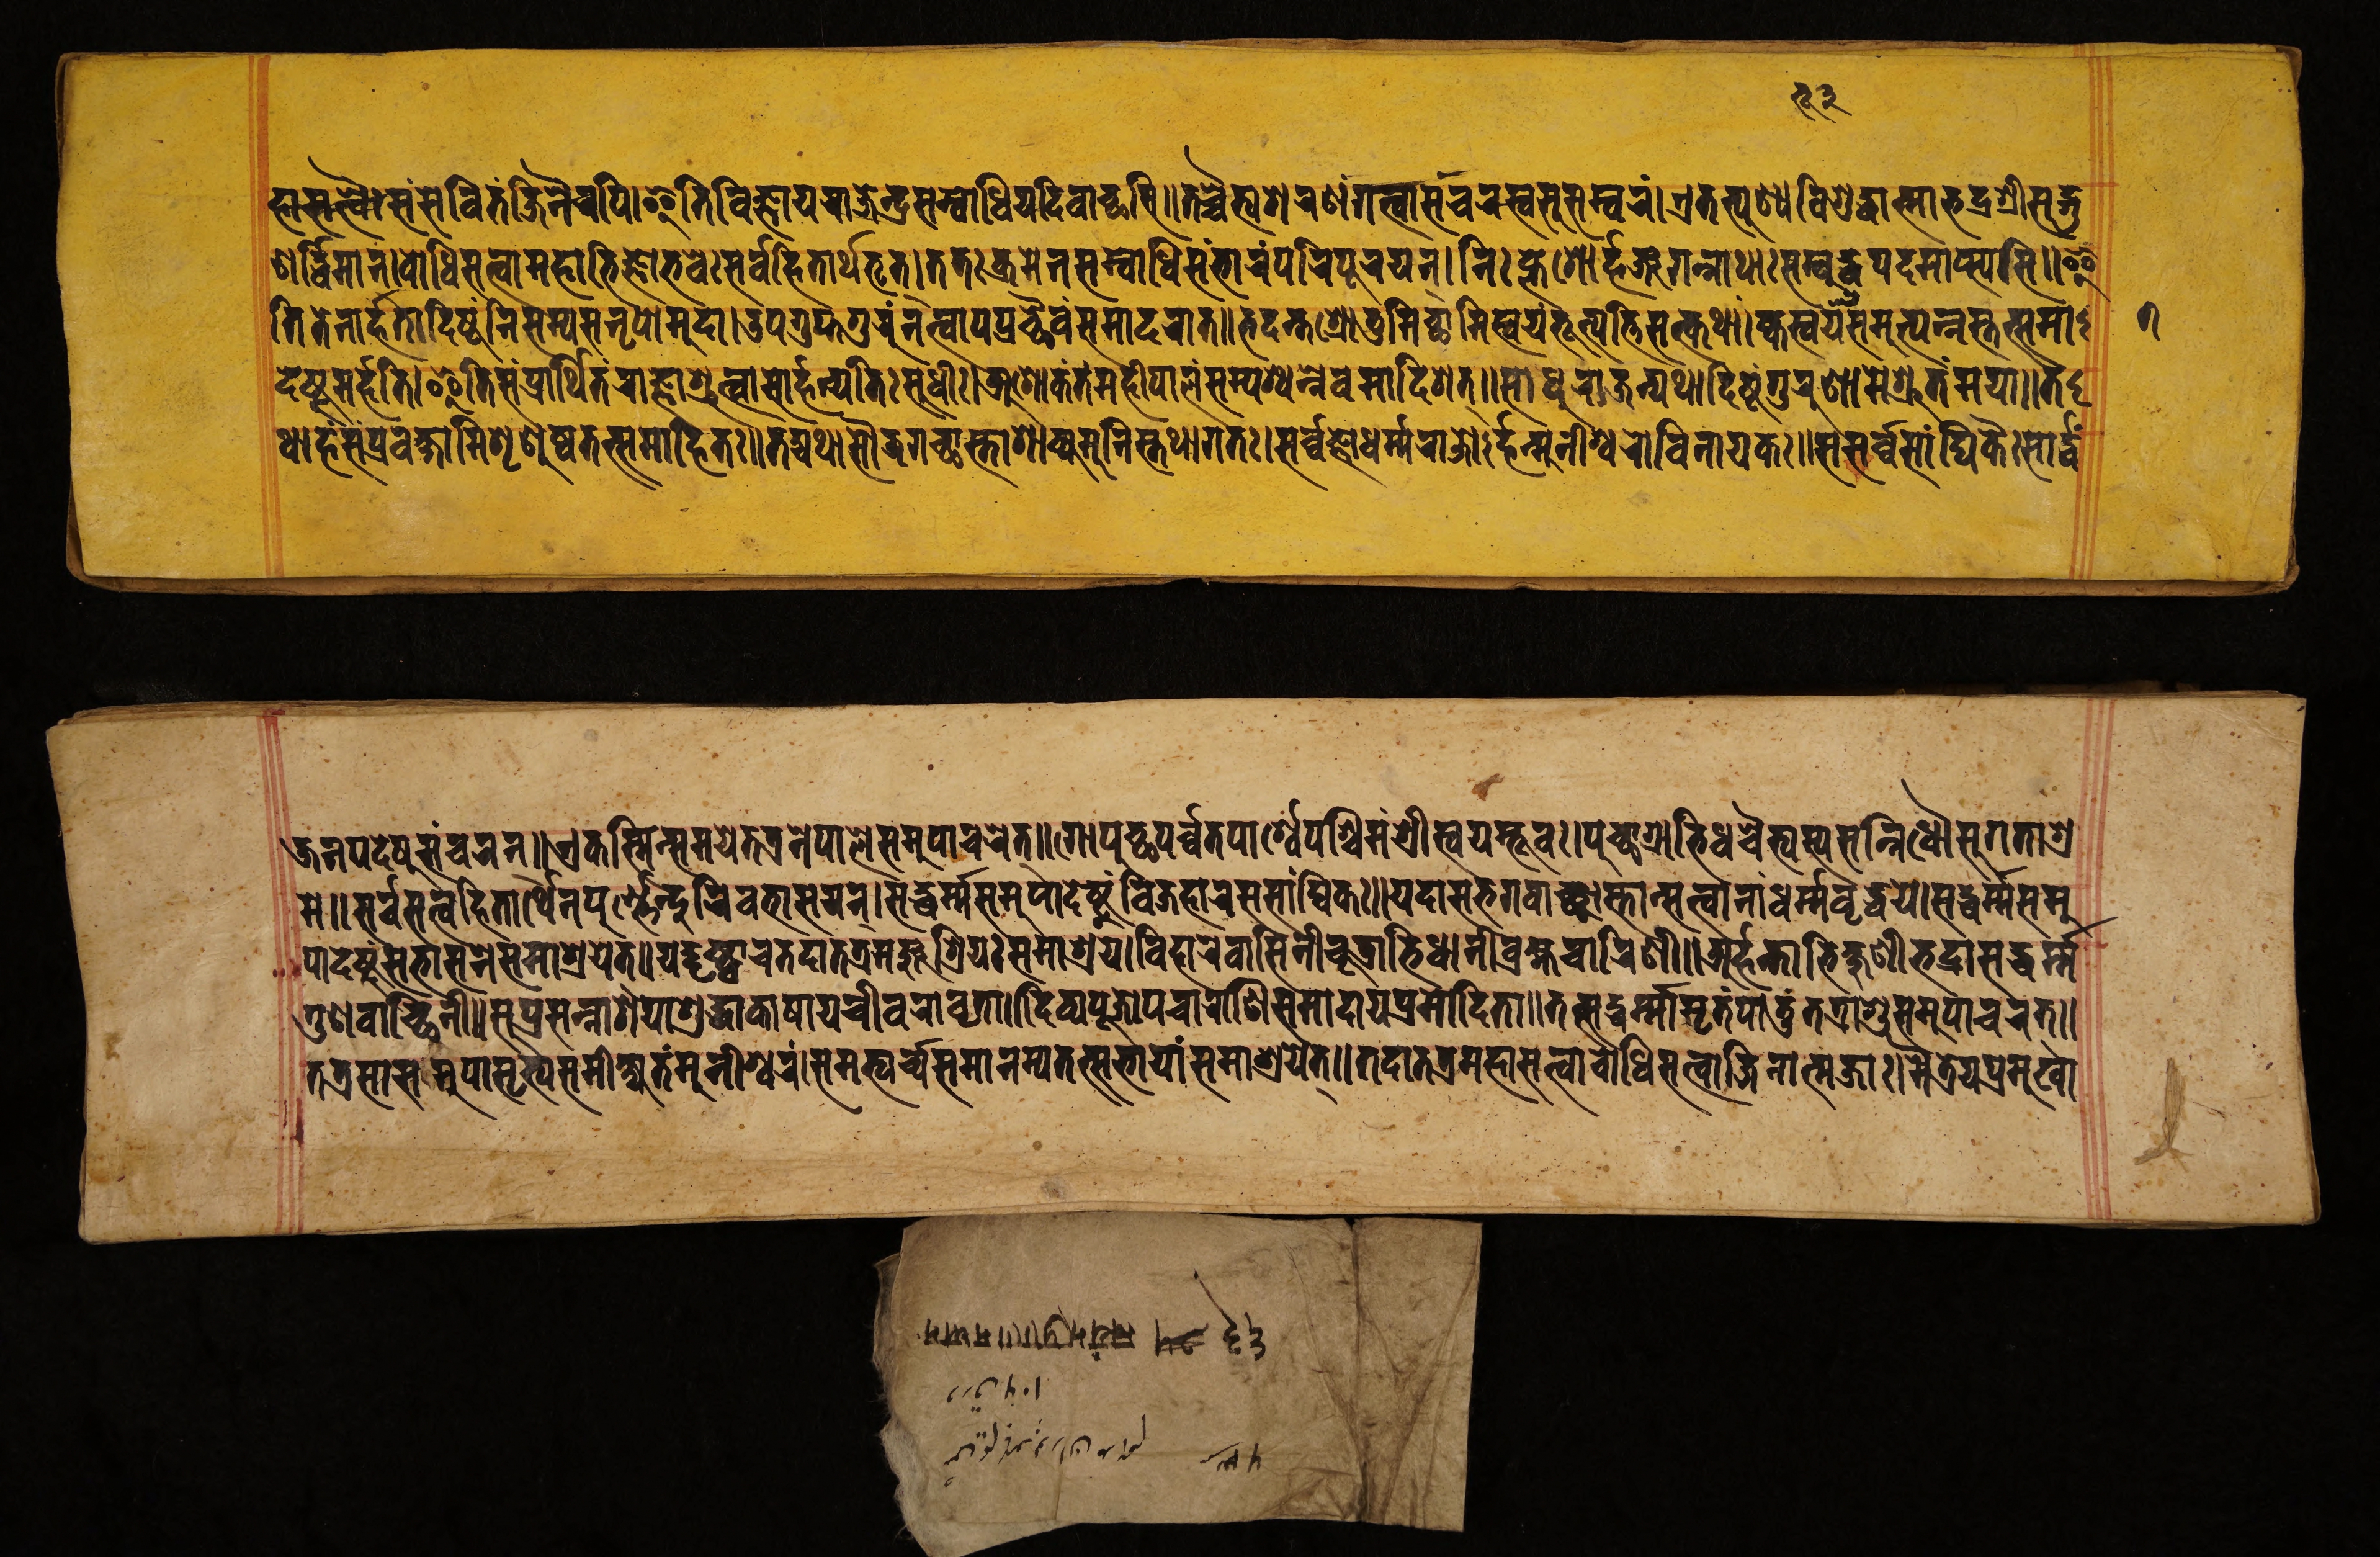
𑐴𑐵𑐳𑐟𑑂𑐰𑐿𑑅𑐳𑑄𑐳𑐾𑐰𑐶𑐟𑑄𑐖𑐶𑐣𑐿𑐬𑐥𑐶।𑐂𑐟𑐶𑐰𑐶𑐖𑑂𑐘𑐵𑐫𑐬𑐵𑐖𑐾𑐣𑑂𑐡𑑂𑐬𑐳𑐩𑑂𑐧𑑀𑐢𑐶𑐫𑐡𑐶𑐰𑐵𑐔𑑂𑐕𑐳𑐶॥𑐟𑐔𑑂𑐔𑐿𑐟𑑂𑐫𑐱𑐬𑐞𑑄𑐐𑐟𑑂𑐰𑐵𑐳𑑄𑐔𑐬𑐳𑑂𑐰𑐳𑐸𑐳𑐩𑑂𑐰𑐬𑑄।𑐊𑐟𑐟𑑂𑐥𑐸𑐞𑑂𑐫𑐰𑐶𑐱𑐸𑐡𑑂𑐢𑐵𑐟𑑂𑐩𑐵𑐨𑐡𑑂𑐬𑐱𑑂𑐬𑐷𑐳𑐡𑑂𑐐𑐸 𑐞𑐬𑑂𑐡𑑂𑐢𑐶𑐩𑐵𑐣𑑂।𑐧𑑀𑐢𑐶𑐳𑐟𑑂𑐰𑐵𑐩𑐴𑐵𑐨𑐶𑐖𑑂𑐘𑑀𑐨𑐰𑐾𑑅𑐳𑐬𑑂𑐰𑐴𑐶𑐟𑐵𑐬𑑂𑐠𑐨𑐺𑐟𑑂।𑐟𑐟𑑅𑐎𑑂𑐬𑐩𑐾𑐣𑐳𑐩𑑂𑐧𑑀𑐢𑐶𑐳𑑄𑐨𑐵𑐬𑑄𑐥𑐬𑐶𑐥𑐹𑐬𑐫𑐣𑑂।𑐣𑐶𑑅𑐎𑑂𑐮𑐾𑐱𑑀𑐬𑑂𑐴𑐘𑑂𑐖𑐐𑐣𑑂𑐣𑐵𑐠𑐵𑑅𑐳𑐩𑑂𑐧𑐸𑐡𑑂𑐢𑐥𑐡𑐩𑐵𑐥𑑂𑐳𑑂𑐫𑐳𑐶॥𑐂 𑐟𑐶𑐟𑐾𑐣𑐵𑐬𑑂𑐴𑐟𑐵𑐡𑐶𑐲𑑂𑐚𑑄𑐣𑐶𑐳𑐩𑑂𑐫𑐳𑐣𑐺𑐥𑑀𑐩𑐸𑐡𑐵।𑐄𑐥𑐐𑐸𑐥𑑂𑐟𑐐𑐸𑐬𑐸𑑄𑐣𑐟𑑂𑐰𑐵𑐥𑐥𑑂𑐬𑐔𑑂𑐕𑐿𑐰𑑄𑐳𑐩𑐵𑐡𑐬𑐵𑐟॥𑐨𑐡𑐣𑑂𑐟𑐱𑑂𑐬𑑀𑐟𑐸𑐩𑐶𑐔𑑂𑐕𑐵𑐩𑐶𑐳𑑂𑐰𑐫𑑄𑐨𑐹𑐟𑑂𑐥𑐟𑑂𑐟𑐶𑐳𑐟𑑂𑐎𑐠𑐵𑑄।𑐎𑑂𑐰𑐳𑑂𑐰𑐫𑑄𑐳𑐩𑐸𑐟𑑂𑐥𑐣𑑂𑐣𑐳𑑂𑐟𑐟𑑂𑐳𑐩𑐵 𑐡𑐾𑐲𑑂𑐚𑐸𑐩𑐬𑑂𑐴𑐟𑐶।𑐂𑐟𑐶𑐳𑑄𑐥𑑂𑐬𑐵𑐬𑑂𑐠𑐶𑐟𑑄𑐬𑐵𑐖𑑂𑐘𑐵𑐱𑑂𑐬𑐸𑐟𑑂𑐰𑐵𑐳𑑀𑐬𑑂𑐴𑐣𑑂𑐫𑐟𑐶𑑅𑐳𑐸𑐢𑐷𑑅।𑐀𑐱𑑀𑐎𑑄𑐟𑑄𑐩𑐴𑐷𑐥𑐵𑐮𑑄𑐳𑐩𑑂𑐥𑐱𑑂𑐫𑐣𑑂𑐣𑐾𑐰𑐩𑐵𑐡𑐶𑐱𑐟𑑂॥𑐳𑐵𑐢𑐸𑐬𑐵𑐖𑐣𑑂𑐫𑐠𑐵𑐡𑐶𑐲𑑂𑐚𑑄𑐐𑐸𑐬𑐸𑐞𑐵𑐩𑐾𑐱𑑂𑐬𑐸𑐟𑑄𑐩𑐫𑐵॥𑐟 𑐠𑐵𑐴𑑄𑐳𑑄𑐥𑑂𑐬𑐰𑐎𑑂𑐲𑐵𑐩𑐶𑐱𑐺𑐞𑐸𑐲𑑂𑐰𑐟𑐟𑑂𑐳𑐩𑐵𑐴𑐶𑐟𑑅॥𑐟𑐡𑑂𑐫𑐠𑐵𑐳𑑁𑐖𑐐𑐔𑑂𑐕𑐵𑐳𑑂𑐟𑐵𑐱𑐵𑐎𑑂𑐫𑐩𑐸𑐣𑐶𑐳𑑂𑐟𑐠𑐵𑐐𑐟𑑅।𑐳𑐬𑑂𑐰𑑂𑐰𑐖𑑂𑐘𑑀𑐢𑐬𑑂𑐩𑑂𑐩𑐬𑐵𑐖𑑀𑑇𑐬𑑂𑐴𑐣𑑂𑐩𑐸𑐣𑐷𑐱𑑂𑐰𑐬𑑀𑐰𑐶𑐣𑐵𑐫𑐎𑑅॥𑐳𑐳𑐬𑑂𑐰𑑂𑐰𑐳𑐵𑑄𑐑𑐶𑐎𑐿𑑅𑐳𑐵𑐬𑑂𑐡𑑂𑐢𑑄 𑐖𑐣𑐥𑐡𑐾𑐲𑐸𑐳𑑄𑐔𑐬𑐣𑑂॥𑐊𑐎𑐳𑑂𑐩𑐶𑐣𑑂𑐳𑐩𑐫𑐾𑐟𑐟𑑂𑐬𑐣𑐾𑐥𑐵𑐮𑐾𑐳𑐩𑐸𑐥𑐵𑐔𑐬𑐾𑐟𑑂॥𑐐𑑀𑐥𑐸𑐔𑑂𑐕𑐥𑐬𑑂𑐰𑑂𑐰𑐟𑐥𑐵𑐬𑑂𑐱𑑂𑐰𑐾𑐥𑐱𑑂𑐔𑐶𑐩𑑄𑐱𑑂𑐬𑐷𑐳𑑂𑐰𑐫𑑄𑐨𑐸𑐰𑑅।𑐥𑐸𑐔𑑂𑐕𑐵𑐐𑑂𑐬𑐵𑐨𑐶𑐢𑐔𑐿𑐟𑑂𑐫𑐳𑑂𑐫𑐳𑐣𑑂𑐣𑐶𑐢𑑁𑐳𑐸𑐐𑐟𑐵𑐱𑑂𑐬 𑐩𑐾॥𑐳𑐬𑑂𑐰𑐳𑐟𑑂𑐰𑐴𑐶𑐟𑐵𑐬𑑂𑐠𑐾𑐣𑐥𑐸𑐬𑑂𑐞𑑂𑐞𑐾𑐣𑑂𑐡𑐸𑐬𑐶𑐰𑐨𑐵𑐳𑐫𑐣𑑂।𑐳𑐡𑑂𑐢𑐬𑑂𑐩𑑂𑐩𑐳𑐩𑐸𑐥𑐵𑐡𑐾𑐲𑑂𑐚𑐸𑑄𑐰𑐶𑐖𑐴𑐵𑐬𑐳𑐳𑐵𑑄𑐑𑐶𑐎𑑅॥𑐫𑐡𑐵𑐳𑐨𑐐𑐰𑐵𑐘𑑂𑐔𑑂𑐕𑐵𑐳𑑂𑐟𑐵𑐣𑑂𑐳𑐟𑑂𑐰𑐵𑐣𑐵𑑄𑐢𑐬𑑂𑐩𑑂𑐩𑐰𑐺𑐡𑑂𑐢𑐫𑐾।𑐳𑐡𑑂𑐢𑐬𑑂𑐩𑑂𑐩𑑄𑐳𑐩𑐸 𑐥𑐵𑐡𑐾𑐲𑑂𑐚𑐸𑑄𑐩𑐴𑐵𑐳𑐣𑐾𑐳𑐩𑐵𑐱𑑂𑐬𑐫𑐾𑐟𑑂॥𑐫𑐡𑑂𑐡𑐺𑐲𑑂𑐚𑑂𑐰𑐵𑐔𑐟𑐡𑐵𑐟𑐟𑑂𑐬𑐩𑐘𑑂𑐖𑐸𑐱𑑂𑐬𑐶𑐫𑑅𑐳𑐩𑐵𑐱𑑂𑐬𑐫।𑐰𑐶𑐴𑐵𑐬𑐾𑐰𑐵𑐳𑐶𑐣𑐷𑐔𑐹𑐜𑐵𑐨𑐶𑐢𑐵𑐣𑐷𑐧𑑂𑐬𑐴𑑂𑐩𑐔𑐵𑐬𑐶𑐞𑐷॥𑐀𑐬𑑂𑐴𑐣𑑂𑐟𑐵𑐨𑐶𑐎𑑂𑐲𑐸𑐞𑐷𑐨𑐡𑑂𑐬𑐵𑐳𑐡𑑂𑐢𑐬𑑂𑐩𑑂𑐩 𑐐𑐸𑐞𑐰𑐵𑐕𑐶𑐣𑐷॥𑐳𑐸𑐥𑑂𑐬𑐳𑐣𑑂𑐣𑐵𑐱𑐫𑐵𑐱𑐸𑐡𑑂𑐢𑐵𑐎𑐵𑐲𑐵𑐫𑐔𑐷𑐰𑐬𑐵𑐰𑐺𑐟𑐵॥𑐡𑐶𑐰𑑂𑐫𑐥𑐹𑐖𑑀𑐥𑐔𑐵𑐬𑐵𑐞𑐶𑐳𑐩𑐵𑐡𑐵𑐫𑐥𑑂𑐬𑐩𑑀𑐡𑐶𑐟𑐵॥𑐟𑐟𑑂𑐳𑐡𑑂𑐢𑐬𑑂𑐩𑑂𑐩𑐵𑐩𑐺𑐟𑑄𑐥𑐵𑐟𑐸𑑄𑐟𑐟𑑂𑐬𑐵𑐱𑐸𑐳𑐩𑐸𑐥𑐵𑐔𑐬𑐟𑑂॥ 𑐟𑐟𑑂𑐬𑐳𑐵𑐳𑐩𑐸𑐥𑐵𑐳𑐺𑐟𑑂𑐫𑐳𑐩𑐷𑐎𑑂𑐲𑑂𑐫𑐟𑑄𑐩𑐸𑐣𑐷𑐱𑑂𑐰𑐬𑑄।𑐳𑐩𑐨𑑂𑐫𑐬𑑂𑐔𑑂𑐫𑐳𑐩𑐵𑐣𑐩𑑂𑐫𑐟𑐟𑑂𑐳𑐨𑐵𑐫𑐵𑑄𑐳𑐩𑐵𑐱𑑂𑐬𑐫𑐾𑐟𑑂॥𑐟𑐡𑐵𑐟𑐟𑑂𑐬𑐩𑐴𑐵𑐳𑐟𑑂𑐰𑐵𑐧𑑀𑐢𑐶𑐳𑐟𑑂𑐰𑐵𑐖𑐶𑐣𑐵𑐟𑑂𑐩𑐖𑐵𑑅।𑐩𑐿𑐟𑑂𑐬𑐾𑐫𑐥𑑂𑐬𑐩𑐸𑐏𑐵 𑑗